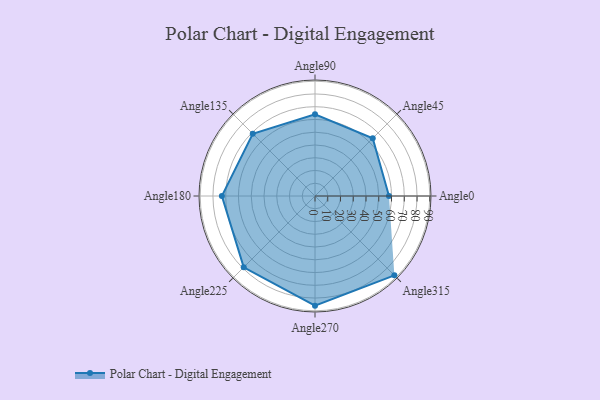
{"axis": {"x": "Angle", "y": "Radius"}, "legend": [""], "data": [{"x": "Angle0", "y": 58.0, "type": ""}, {"x": "Angle45", "y": 64.0, "type": ""}, {"x": "Angle90", "y": 64.0, "type": ""}, {"x": "Angle135", "y": 69.0, "type": ""}, {"x": "Angle180", "y": 73.0, "type": ""}, {"x": "Angle225", "y": 79.0, "type": ""}, {"x": "Angle270", "y": 86.0, "type": ""}, {"x": "Angle315", "y": 88.0, "type": ""}]}